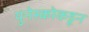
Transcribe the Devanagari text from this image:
युनेस्कोकडून